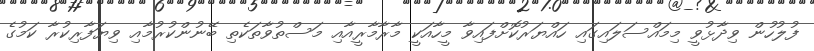
ފުލުހުން ވިދާޅުވީ މިމައްސަލައިގައި ހައްޔަރުކޮށްފައިވާ މީހާއަކީ މާރާމާރީއާއި މަސްތުވާތަކެތި ބޭނުންކުރުމާއި ވިޔަފާރިކުރާ ކަމުގެ